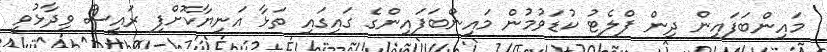
މައިންބަފައިން ދިން ފްލެޓު ކުޑަވުމުން މައިންބަފައިންގެ ގައިގައި ތަޅާ އަނިޔާކޮށްފި ރައީސް ވިދާޅުވީ